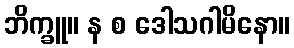
ဘိက္ခူ။ န စ ဒေါသဂါမိနော။